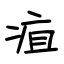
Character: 疽